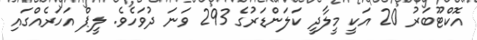
އޮކްޓޫބަރު 20 އަކީ މީލާދީ ކަލަންޑަރުގެ 293 ވަނަ ދުވަހެވެ. ލީޕް އަހަރެއްގައި